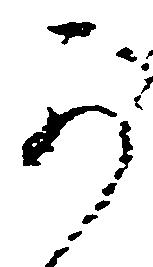
可